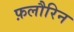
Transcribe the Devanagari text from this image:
फ़लौरिन